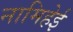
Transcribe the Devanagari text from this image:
नामिहेई